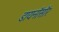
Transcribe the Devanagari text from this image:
डायनॉसॉर